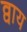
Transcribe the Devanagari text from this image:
व्वाय